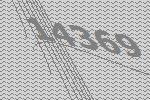
14369